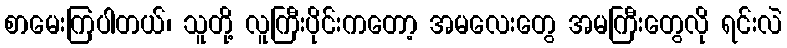
စာမေးကြပါတယ်၊ သူတို့ လူကြီးပိုင်းကတော့ အမလေးတွေ အမကြီးတွေလို ရင်းလဲ